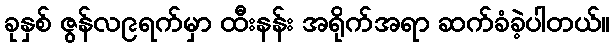
ခုနှစ် ဇွန်လ၉ရက်မှာ ထီးနန်း အရိုက်အရာ ဆက်ခံခဲ့ပါတယ်။